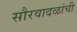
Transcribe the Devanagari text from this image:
सौरवादळांची